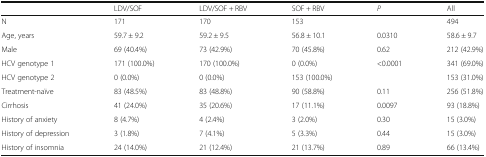
|  | LDV/SOF | LDV/SOF + RBV | SOF + RBV | P | All |
 | --- | --- | --- | --- | --- | --- |
 | N | 171 | 170 | 153 |  | 494 |
 | Age, years | 59.7 ± 9.2 | 59.2 ± 9.5 | 56.8 ± 10.1 | 0.0310 | 58.6 ± 9.7 |
 | Male | 69 (40.4%) | 73 (42.9%) | 70 (45.8%) | 0.62 | 212 (42.9%) |
 | HCV genotype 1 | 171 (100.0%) | 170 (100.0%) | 0 (0.0%) | <ROWSPAN=2> <0.0001 | 341 (69.0%) |
 | HCV genotype 2 | 0 (0.0%) | 0 (0.0%) | 153 (100.0%) | 153 (31.0%) |
 | Treatment-naïve | 83 (48.5%) | 83 (48.8%) | 90 (58.8%) | 0.11 | 256 (51.8%) |
 | Cirrhosis | 41 (24.0%) | 35 (20.6%) | 17 (11.1%) | 0.0097 | 93 (18.8%) |
 | History of anxiety | 8 (4.7%) | 4 (2.4%) | 3 (2.0%) | 0.30 | 15 (3.0%) |
 | History of depression | 3 (1.8%) | 7 (4.1%) | 5 (3.3%) | 0.44 | 15 (3.0%) |
 | History of insomnia | 24 (14.0%) | 21 (12.4%) | 21 (13.7%) | 0.89 | 66 (13.4%) |